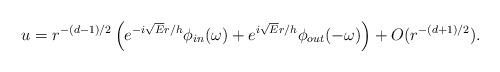
LaTeX: \begin{align*} u = r^{-(d-1)/2} \left( e^{-i \sqrt{E} r / h} \phi_{in}(\omega) + e^{i \sqrt{E} r/ h} \phi_{out}(-\omega) \right) + O(r^{-(d + 1)/2}).\end{align*}